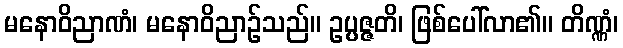
မနောဝိညာဏံ၊ မနောဝိညာဉ်သည်။ ဥပ္ပဇ္ဇတိ၊ ဖြစ်ပေါ်လာ၏။ တိဏ္ဏံ၊